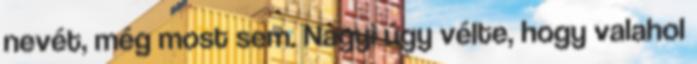
nevét, még most sem. Nagyi úgy vélte, hogy valahol